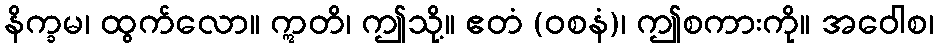
နိက္ခမ၊ ထွက်လော။ ဣတိ၊ ဤသို့။ ဧတံ (ဝစနံ)၊ ဤစကားကို။ အဝေါစ၊